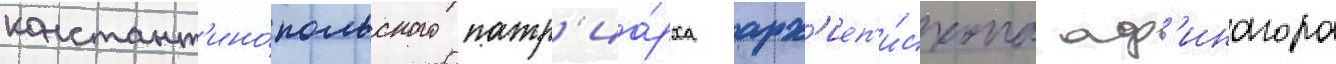
констант'ино́польского патр'иа́рха арх'иеп'и́скопа аф'инагора